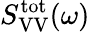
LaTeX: S_{\mathrm{VV}}^{\mathrm{tot}}(\omega)